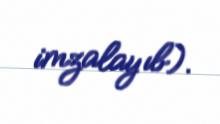
imzalayıb).